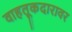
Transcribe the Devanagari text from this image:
वाहतूकदारावर